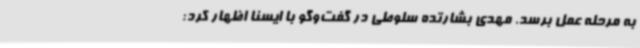
به مرحله عمل برسد. مهدی بشارتده سلوطی در گفت‌وگو با ایسنا اظهار کرد: